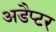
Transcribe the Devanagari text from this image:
अडैप्टर